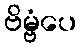
ဗိမ္ဗံပေ